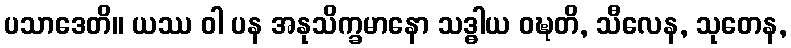
ပသာဒေတိ။ ယဿ ဝါ ပန အနုသိက္ခမာနော သဒ္ဓါယ ဝဍ္ဎတိ, သီလေန, သုတေန,